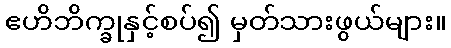
ဧဟိဘိက္ခုနှင့်စပ်၍ မှတ်သားဖွယ်များ။